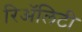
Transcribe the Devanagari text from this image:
रिॲलिटी